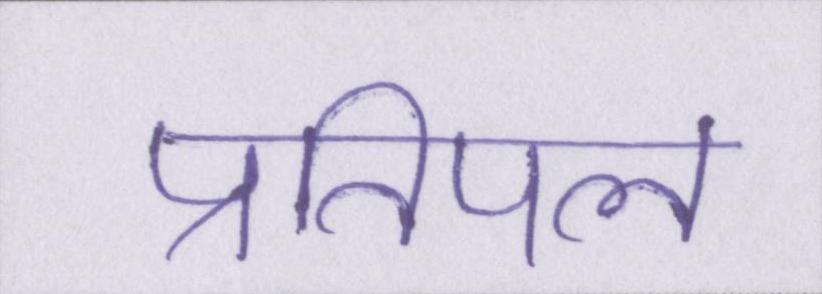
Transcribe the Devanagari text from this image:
प्रतिपल